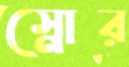
স্নোর